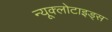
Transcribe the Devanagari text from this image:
न्यूक्लोटाइड्स